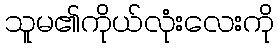
သူမ၏ကိုယ်လုံးလေးကို